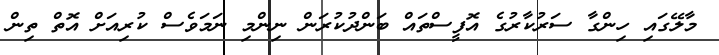
މާލޭގައި ހިންގާ ސަރުކާރުގެ އޮފީސްތައް ބަންދުކުރަން ނިންމި ނަމަވެސް ކުރިއަށް އޮތް ތިން